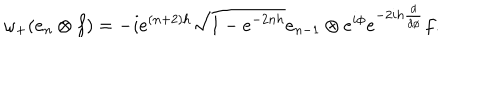
LaTeX: \omega _ { + } ( e _ { n } \otimes f ) = - i e ^ { ( n + 2 ) h } \sqrt { 1 - e ^ { - 2 n h } } e _ { n - 1 } \otimes e ^ { i \phi } e ^ { - 2 i h \frac { d } { d \phi } } f .